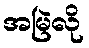
အမြဲလို